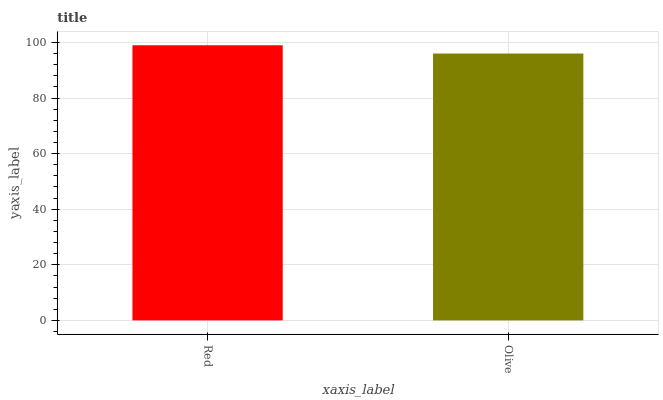
| xaxis_label | bars |
 | --- | --- |
 | Red | 99 |
 | Olive | 96 |